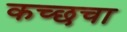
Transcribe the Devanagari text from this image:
कच्छचा